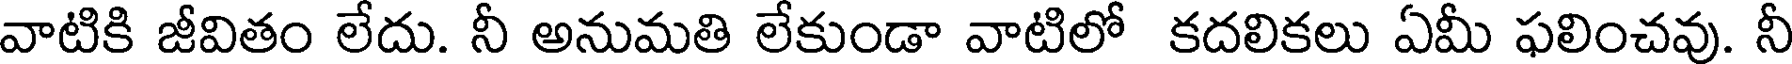
వాటికి జీవితం లేదు. నీ అనుమతి లేకుండా వాటిలో కదలికలు ఏమీ ఫలించవు. నీ